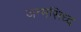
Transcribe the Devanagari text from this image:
जन्मसिध्द